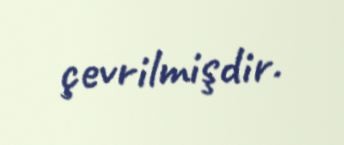
çevrilmişdir.